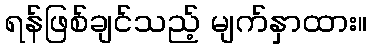
ရန်ဖြစ်ချင်သည့် မျက်နှာထား။